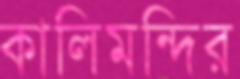
কালিমন্দির